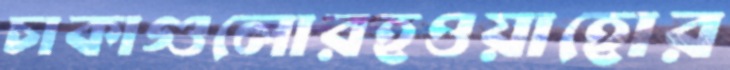
চাকাগুলোরহওয়াহোর